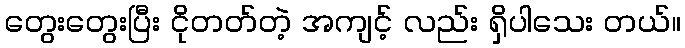
တွေးတွေးပြီး ငိုတတ်တဲ့ အကျင့် လည်း ရှိပါသေး တယ်။